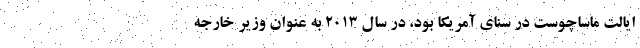
ایالت ماساچوست در سنای آمریکا بود، در سال ۲۰۱۳ به عنوان وزیر خارجه